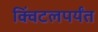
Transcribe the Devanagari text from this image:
क्विंटलपर्यंत